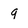
Character: 9